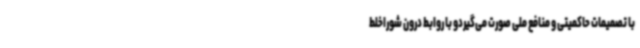
با تصمیمات حاکمیتی و منافع ملی صورت می‌گیردو با روابط درون شوراخلط